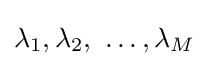
\lambda _{1},\lambda _{2},\ \dots ,\lambda _{M}